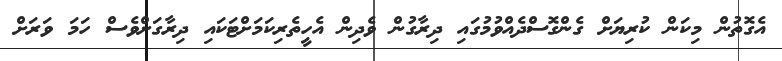
އެގޮތުން މިކަން ކުރިޔަށް ގެންގޮސްދެއްވުމުގައި ދިރާގުން ވެދިން އެހީތެރިކަމަށްޓަކައި ދިރާގަށްވެސް ހަމަ ވަރަށް